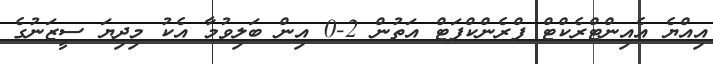
އިއްޔެ އެއިންޓްރެކްޓް ފްރެންކްފަޓް އަތުން 2-0 އިން ބަލިވުމާ އެކު މިދިޔަ ސީޒަނުގެ